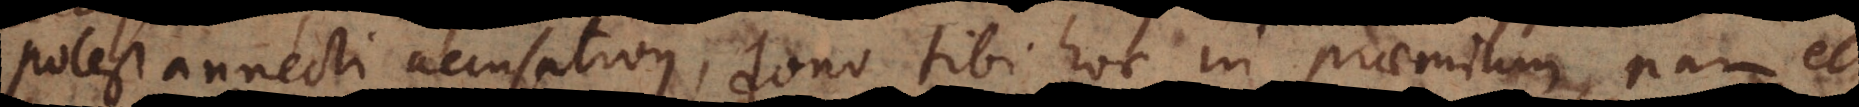
potest annecti accusativus, dono tibi hoc in praemium, nam et